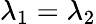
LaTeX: \lambda_{1}=\lambda_{2}